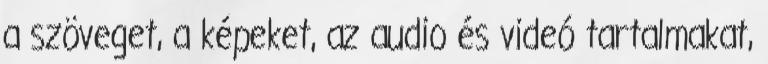
a szöveget, a képeket, az audio és videó tartalmakat,